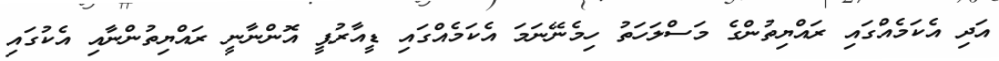
އަދި އެކަމެއްގައި ރައްޔިތުންގެ މަސްލަހަތު ހިމެނޭނަމަ އެކަމެއްގައި ޑީއާރުޕީ އޮންނާނީ ރައްޔިތުންނާއި އެކުގައި